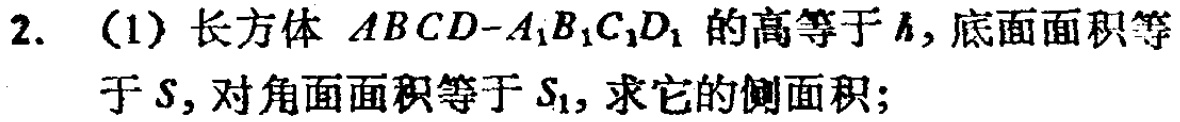
2. (1) 长方体 \(ABCD - A_{1}B_{1}C_{1}D_{1}\) 的高等于 \(h\)，底面面积等
于 \(S\)，对角面面积等于 \(S_{1}\)，求它的侧面积；